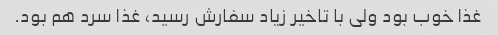
غذا خوب بود ولی با تاخیر زیاد سفارش رسید، غذا سرد هم بود.